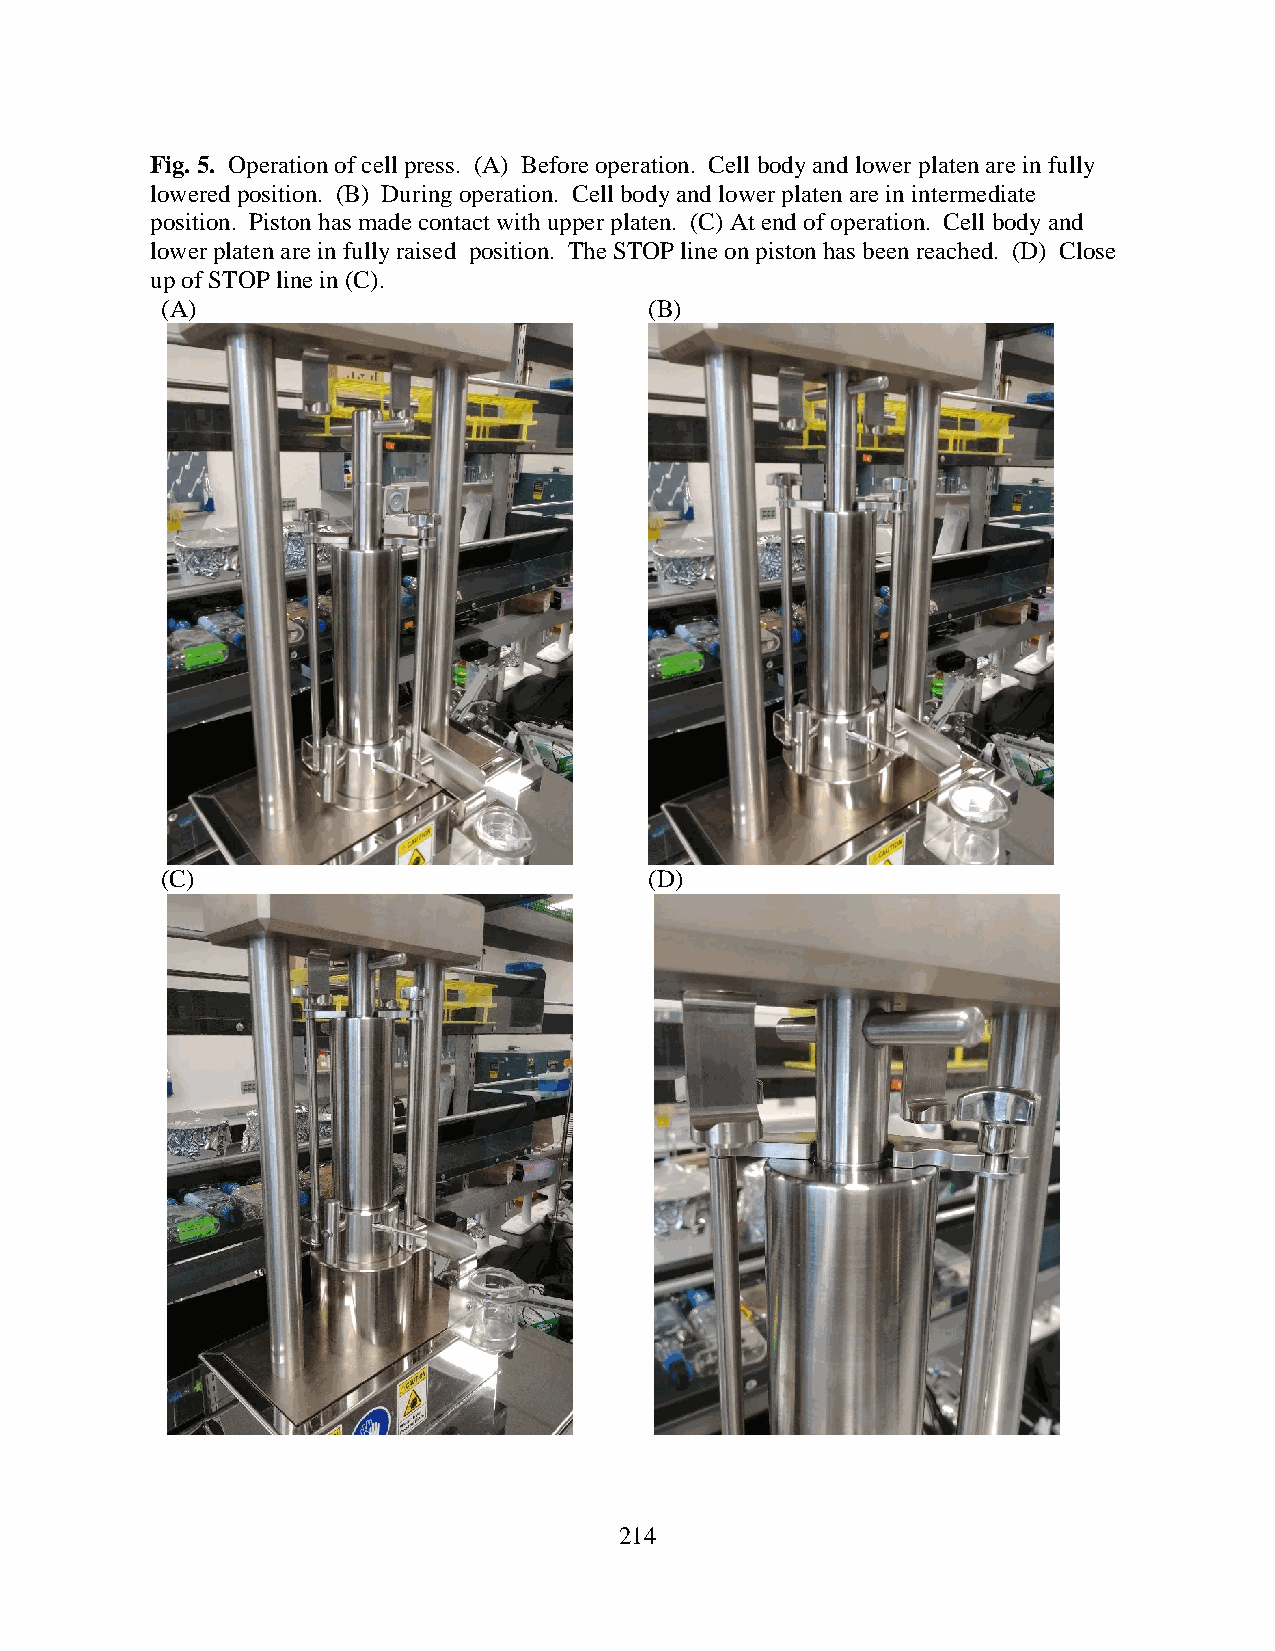
Fig. 5. Operation of cell press. (A) Before operation. Cell body and lower platen are in fully
 lowered position. (B) During operation. Cell body and lower platen are in intermediate
 position. Piston has made contact with upper platen. (C) At end of operation. Cell body and
 lower platen are in fully raised position. The STOP line on piston has been reached. (D) Close
 up of STOP line in (C).
 (A)                             (B)
 (C)                             (D)
 214